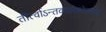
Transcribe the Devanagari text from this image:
तीर्त्वाऽन्तकालेहरेरालयं